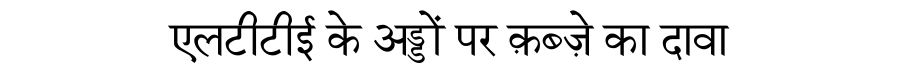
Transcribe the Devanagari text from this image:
एलटीटीई के अड्डों पर क़ब्ज़े का दावा